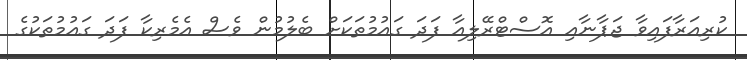
ކުރިއަރާފައިވާ ޖަޕާނާއި އޮސްޓްރޭލިއާ ފަދަ ގައުމުތަކަށް ބެލުމުން ވެސް އެމެރިކާ ފަދަ ގައުމުތަކުގެ